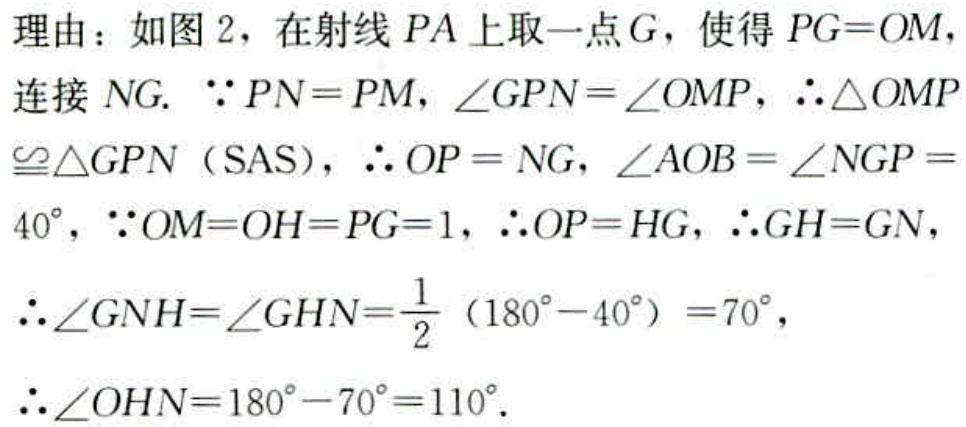
理由：如图 2，在射线 \(PA\) 上取一点 \(G\)，使得 \(PG = OM\)，连接 \(NG\). \(\because PN = PM\)，\(\angle GPN=\angle OMP\)，\(\therefore\triangle OMP\cong\triangle GPN\)（SAS），\(\therefore OP = NG\)，\(\angle AOB=\angle NGP = 40^{\circ}\)，\(\because OM = OH = PG = 1\)，\(\therefore OP = HG\)，\(\therefore GH = GN\)，\(\therefore\angle GNH=\angle GHN=\frac{1}{2}(180^{\circ} - 40^{\circ}) = 70^{\circ}\)，\(\therefore\angle OHN=180^{\circ} - 70^{\circ}=110^{\circ}\).